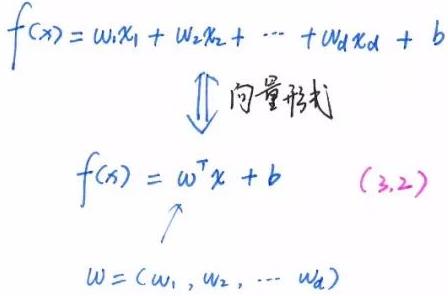
\(f(x)&=w_1x_1 + w_2x_2 + \cdots + w_dx_d + b\)\\
\(\Downarrow\)  向量形式\\
\(f(x)&=w^Tx + b\quad (3.2)\)\\
\(w&=(w_1, w_2, \cdots w_d)\)